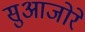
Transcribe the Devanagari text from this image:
सुआजोरे